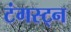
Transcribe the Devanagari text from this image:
टंगस्ट्न